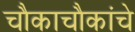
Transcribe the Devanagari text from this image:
चौकाचौकांचे